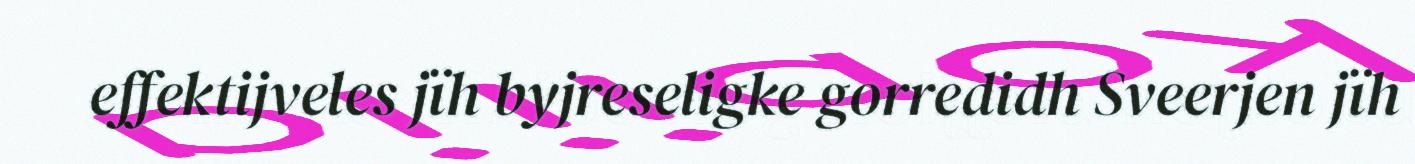
effektijveles jïh byjreseligke gorredidh Sveerjen jïh